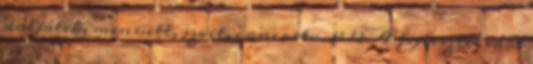
daljáték, menüett, szvit, concerto. 11 12 A fejlesztés várt